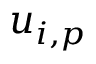
u _ { i , p }